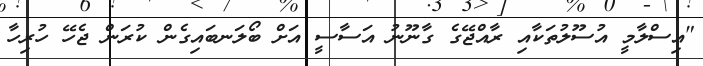
"އިސްލާމީ އުސޫލުތަކާއި ރާއްޖޭގެ ގާނޫނު އަސާސީ އަށް ބޯލަނބައިގެން ކުރަން ޖެހޭ ހުރިހާ